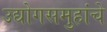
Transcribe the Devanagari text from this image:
उद्योगसमुहांचे